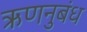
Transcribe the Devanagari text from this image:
ऋणनुबंध